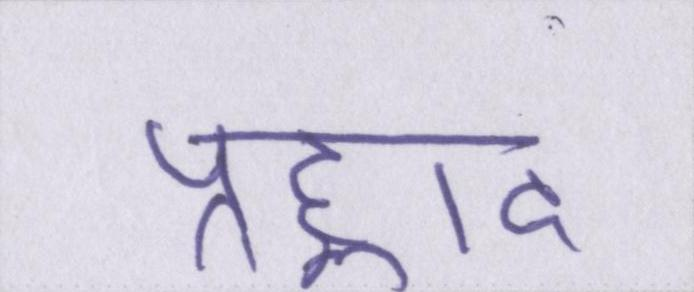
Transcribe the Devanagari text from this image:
प्रह्लाद